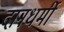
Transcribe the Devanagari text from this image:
दानधर्मी